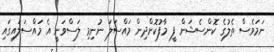
ނަމަވެސް ތެލުގެ ކޮންސެޝަން ފީ މާފުކޮށްދިން މައްސަލަ ނުނިމި ލަސްވަނީ އެ މައްސަލައިގައި